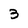
Character: 3